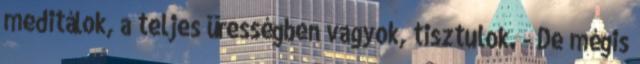
meditálok, a teljes ürességben vagyok, tisztulok. - De mégis